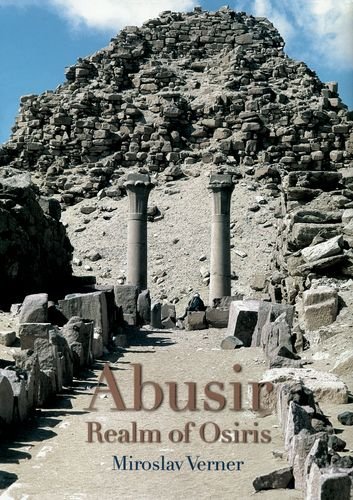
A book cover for Abusir: Realm of Osiris; Miroslav Verner; Travel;